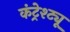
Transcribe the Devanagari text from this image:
कंट्रेश्ट्यू